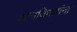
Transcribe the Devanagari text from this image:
बालविधवांना